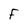
Character: F